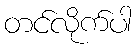
တင်လိုက်ပါ